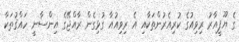
ގެ ޔޫޕީއާރު ރިވިއުގެ ކުރިއެރުންތަކާއި އެ ރިވިއުއާ ގުޅިގެން ރާއްޖޭގެ އިންސާނީ ހައްޤުތަކާ